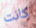
كانت